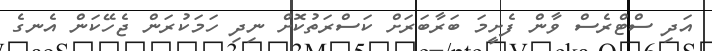
އަދި ސްޓްރެސް ވާން ފެށީމަ ބަރާބަރަށް ކަސްރަތުކޮށް ނިދި ހަމަކުރަން ޖެހޭކަން އެނގެ